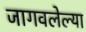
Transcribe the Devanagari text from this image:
जागवलेल्या